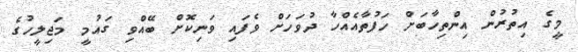
މީގެ އިތުރުން އިންތިހާބަށް ހަފުތާއެއްހާ ދުވަހަށް ވެފައި ވަނިކޮށް ބޭއްވި ގައުމީ މަޖިލީހުގެ